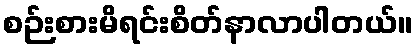
စဉ်းစားမိရင်းစိတ်နာလာပါတယ်။